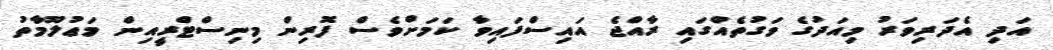
އަދި އެދަރިވަރު މިއަދުގެ ވަގުތެއްގައި ރާއްޖެ އައިސްފައިވާ ކަމަށްވެސް ފޮރިން މިނިސްޓްރީއިން މަޢުލޫމާތު